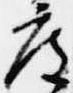
度